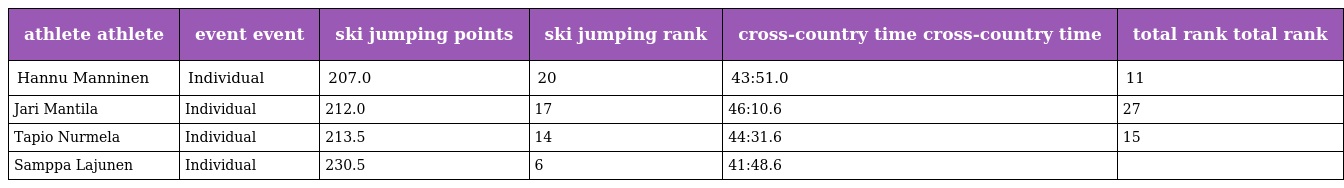
| athlete athlete | event event | ski jumping points | ski jumping rank | cross-country time cross-country time | total rank total rank |
 | --- | --- | --- | --- | --- | --- |
 | Hannu Manninen | Individual | 207.0 | 20 | 43:51.0 | 11 |
 | Jari Mantila | Individual | 212.0 | 17 | 46:10.6 | 27 |
 | Tapio Nurmela | Individual | 213.5 | 14 | 44:31.6 | 15 |
 | Samppa Lajunen | Individual | 230.5 | 6 | 41:48.6 |  |